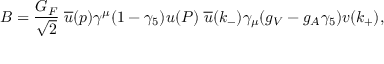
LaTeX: { \cal B } = \frac { G _ { F } } { \sqrt { 2 } } \; \overline { { { u } } } ( p ) \gamma ^ { \mu } ( 1 - \gamma _ { 5 } ) u ( P ) \; \overline { { { u } } } ( k _ { - } ) \gamma _ { \mu } ( g _ { V } - g _ { A } \gamma _ { 5 } ) v ( k _ { + } ) ,